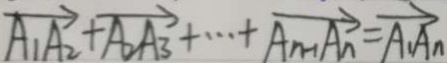
\overrightarrow { A _ { 1 } A _ { 2 } } + \overrightarrow { A _ { 2 } A _ { 3 } } + \cdots + \overrightarrow { A _ { n - 1 } A _ { n } } = \overrightarrow { A _ { 1 } A _ { n } }